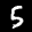
Label: 5